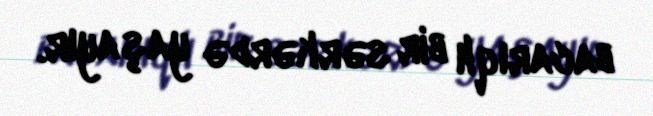
bacarıqlı bir sərkərdə yaşayır.